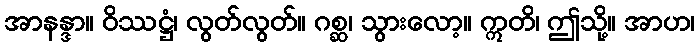
အာနန္ဒာ။ ဝိဿဋ္ဌံ၊ လွတ်လွတ်။ ဂစ္ဆ၊ သွားလော့။ ဣတိ၊ ဤသို့။ အာဟ၊